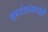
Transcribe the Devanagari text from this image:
भूप्रदेशांमध्येही